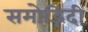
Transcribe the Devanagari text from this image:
समोद्भिदी